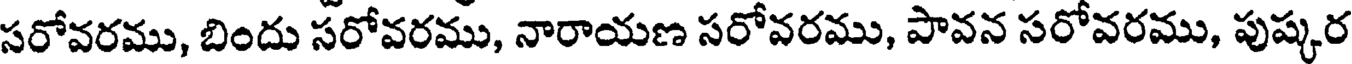
సరోవరము, బిందు సరోవరము, నారాయణ సరోవరము, పావన సరోవరము, పుష్కర